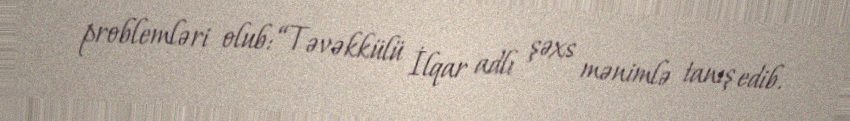
problemləri olub: “Təvəkkülü İlqar adlı şəxs mənimlə tanış edib.